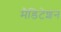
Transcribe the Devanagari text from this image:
मैडिटेशन